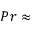
P r \approx